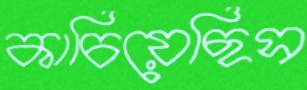
কাচিয়েছিস